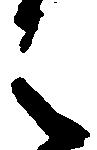
之